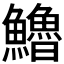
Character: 𩽈